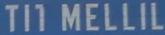
TIT MELLIL